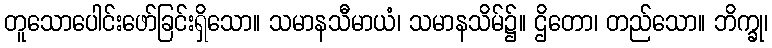
တူသောပေါင်းဖော်ခြင်းရှိသော။ သမာနသီမာယံ၊ သမာနသိမ်၌။ ဌိတော၊ တည်သော။ ဘိက္ခု၊